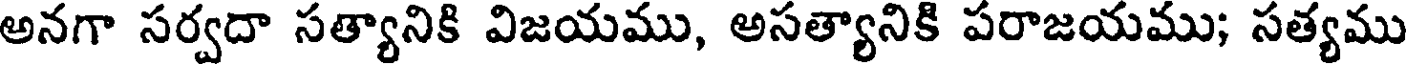
అనగా సర్వదా సత్యానికి విజయము, అసత్యానికి పరాజయము; సత్యము